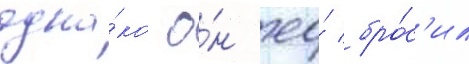
одна́ко о́н ео́ бро́с'ил